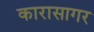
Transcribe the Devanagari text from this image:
कारासागर